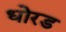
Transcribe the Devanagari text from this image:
धोरड